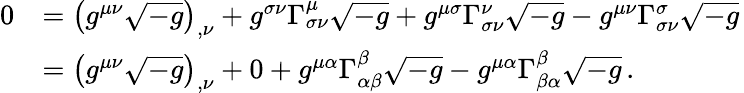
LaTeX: {\begin{array}{rl}{0}&{=\left(g^{\mu\nu}{\sqrt{-g}}\right)_{,\nu}+g^{\sigma\nu}\Gamma_{\sigma\nu}^{\mu}{\sqrt{-g}}+g^{\mu\sigma}\Gamma_{\sigma\nu}^{\nu}{\sqrt{-g}}-g^{\mu\nu}\Gamma_{\sigma\nu}^{\sigma}{\sqrt{-g}}\, }\\ &{=\left(g^{\mu\nu}{\sqrt{-g}}\right)_{,\nu}+0+g^{\mu\alpha}\Gamma_{\alpha\beta}^{\beta}{\sqrt{-g}}-g^{\mu\alpha}\Gamma_{\beta\alpha}^{\beta}{\sqrt{-g}}\, .}\end{array}}